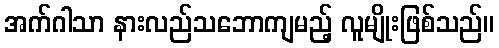
အက်ဂါသာ နားလည်သဘောကျမည့် လူမျိုးဖြစ်သည်။